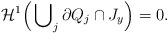
\begin{align*}{\cal H}^1\Big(\bigcup\nolimits_j \partial Q_j \cap J_y \Big) = 0.\end{align*}